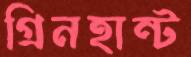
গ্রিনহান্ট